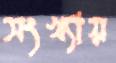
সংখ্যায়